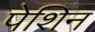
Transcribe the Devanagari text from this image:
पेशिन